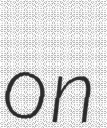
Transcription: on